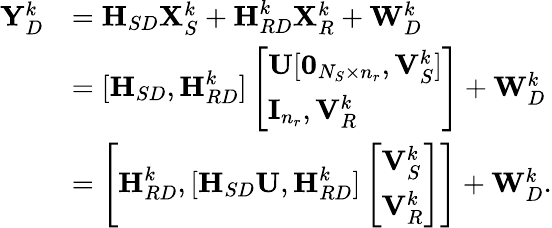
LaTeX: \begin{array}{rl}{{\mathbf Y}_{D}^{k}}&{={\textbf H}_{SD}{\mathbf X}_{S}^{k}+{\textbf H}_{RD}^{k}{\mathbf X}_{R}^{k}+{\mathbf W}_{D}^{k}}\\ &{=[{\textbf H}_{SD},{\textbf H}_{RD}^{k}]\left[\begin{array}{l}{{\mathbf U}[\mathbf{0}_{N_{S}\times n_{r}},{\mathbf V}_{S}^{k}]}\\ {{\mathbf I}_{n_{r}},{\mathbf V}_{R}^{k}}\end{array}\right]+{\mathbf W}_{D}^{k}}\\ &{=\Bigg[{\textbf H}_{RD}^{k},[{\textbf H}_{SD}{\mathbf U},{\textbf H}_{RD}^{k}]\left[\begin{array}{l}{{\mathbf V}_{S}^{k}}\\ {{\mathbf V}_{R}^{k}}\end{array}\right]\Bigg]+{\mathbf W}_{D}^{k}.}\end{array}